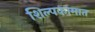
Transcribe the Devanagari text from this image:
शिल्पकामात